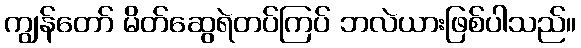
ကျွန်တော် မိတ်ဆွေရဲတပ်ကြပ် ဘလဲယားဖြစ်ပါသည်။